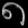
Digit: ၈